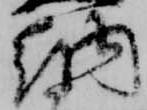
納